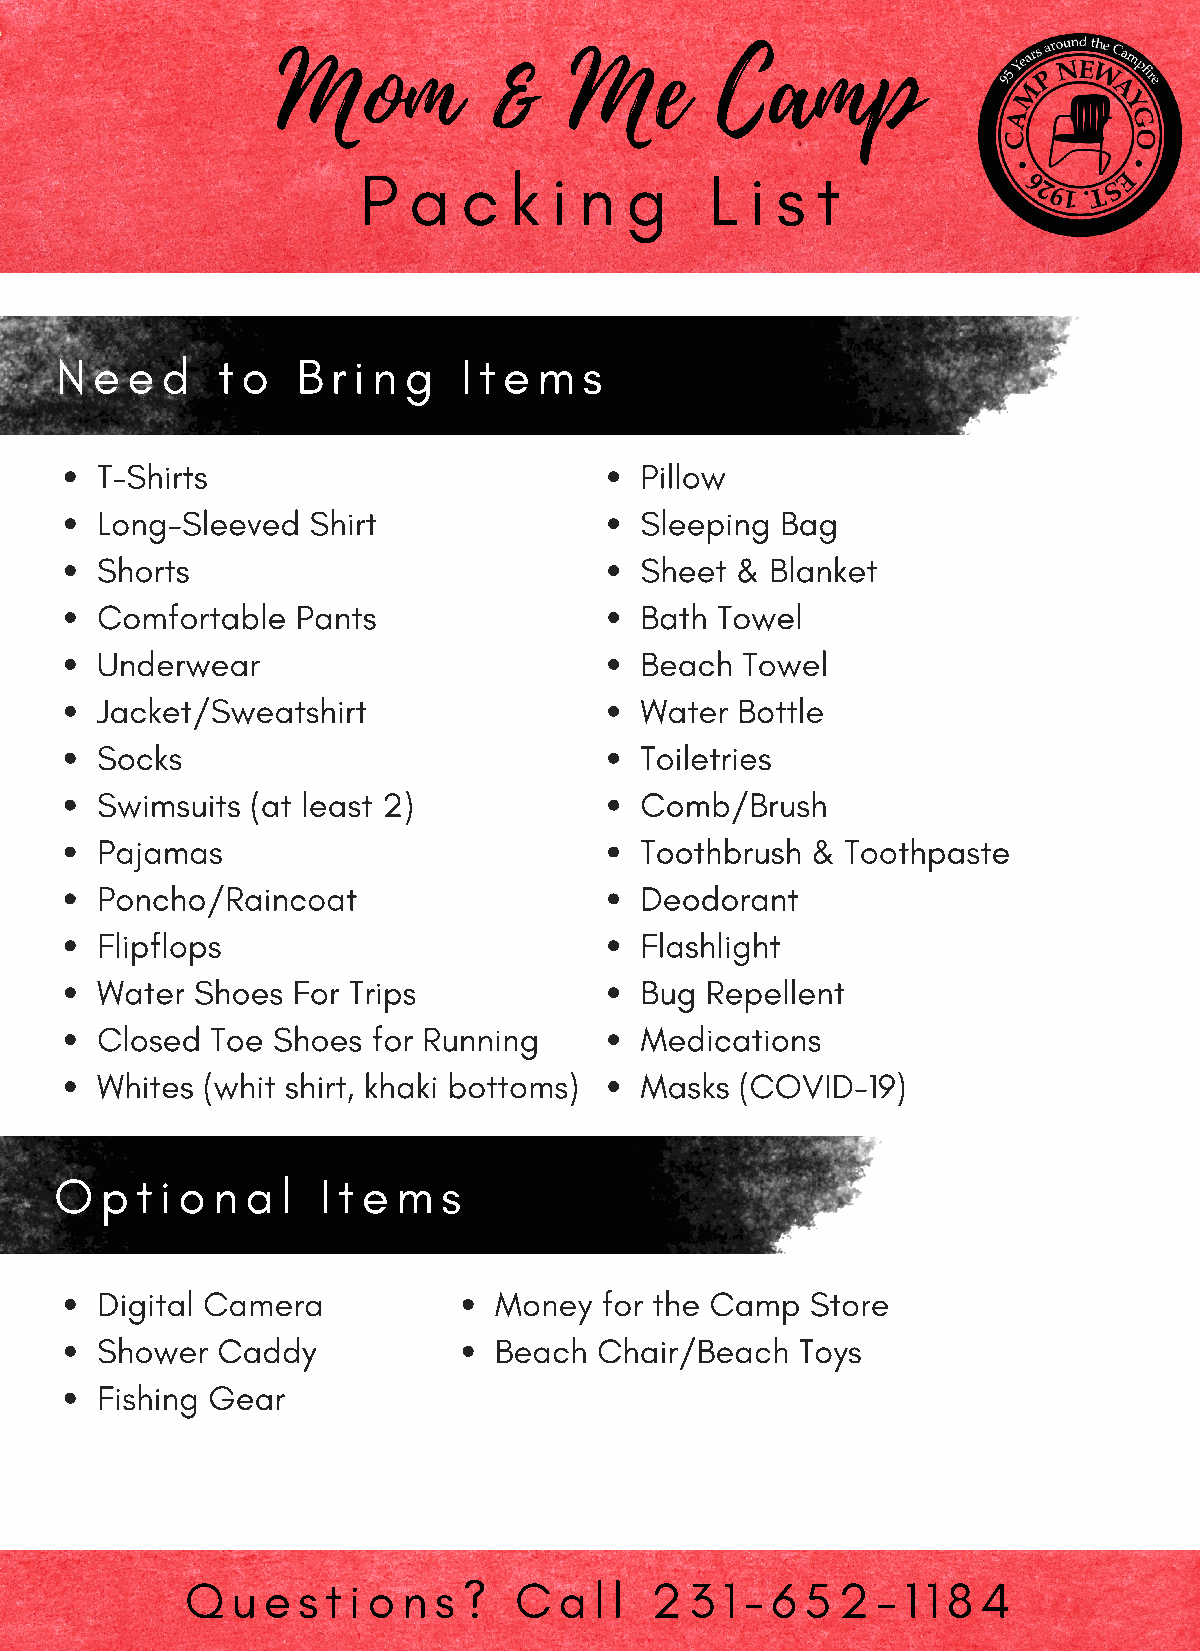
Mom           &     Me       Camp
 P  a   c  k i n  g     L  i s t
 N e e  d  t o   B r i n g  I t e m s
 T-Shirts                            Pillow
 Long-Sleeved  Shirt                 Sleeping  Bag
 Shorts                              Sheet  & Blanket
 Comfortable   Pants                 Bath Towel
 Underwear                           Beach  Towel
 Jacket/Sweatshirt                   Water  Bottle
 Socks                               Toiletries
 Swimsuits  (at least 2)             Comb/Brush
 Pajamas                             Toothbrush  & Toothpaste
 Poncho/Raincoat                     Deodorant
 Flipflops                           Flashlight
 Water  Shoes For Trips              Bug  Repellent
 Closed  Toe Shoes  for Running      Medications
 Whites (whit shirt, khaki bottoms)  Masks  (COVID-19)
 O  p t i o n a l I t e m s
 Digital Camera             Money  for the Camp  Store
 Shower  Caddy              Beach  Chair/Beach  Toys
 Fishing Gear
 Q  u e  s t i o n s ? C  a l l 2  3 1 - 6 5 2 - 1 1 8 4